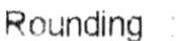
ROUNDING :